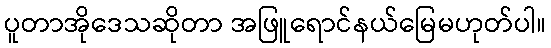
ပူတာအိုဒေသဆိုတာ အဖြူရောင်နယ်မြေမဟုတ်ပါ။